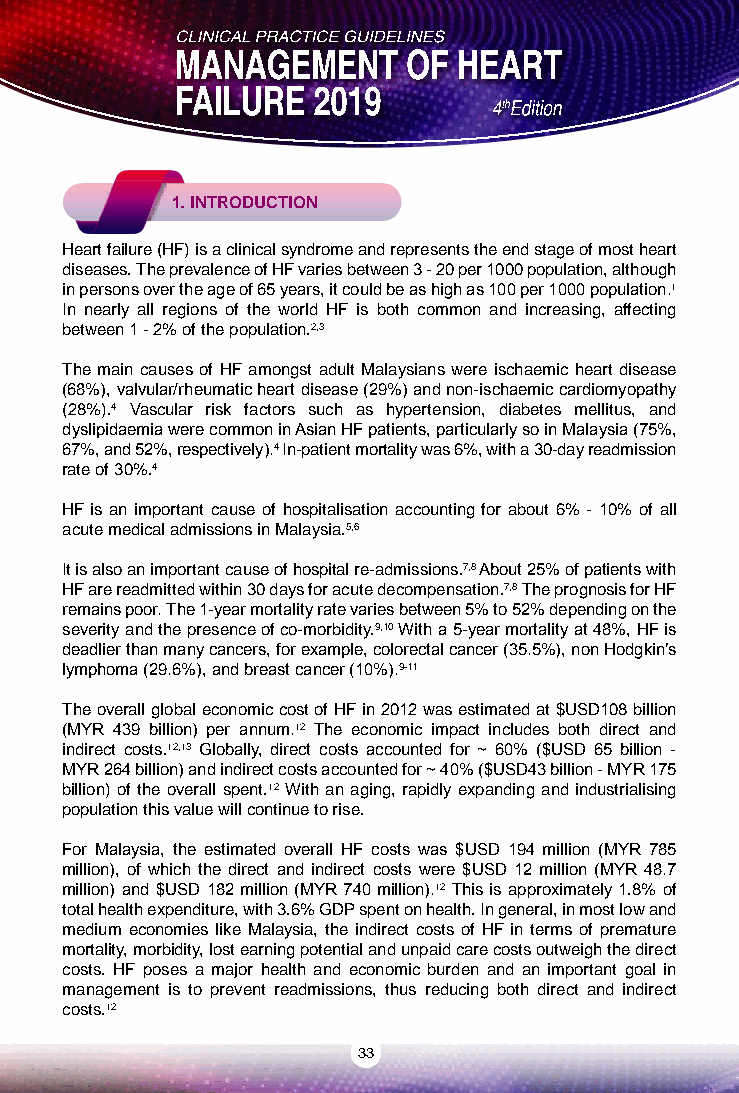
1. INTRODUCTION
 Heart failure (HF) is a clinical syndrome and represents the end stage of most heart
 diseases. The prevalence of HF varies between 3 - 20 per 1000 population, although
 in persons over the age of 65 years, it could be as high as 100 per 1000 population.1
 In nearly all regions of the world HF is both common and increasing, affecting
 between 1 - 2% of the population.2,3
 The main causes of HF amongst adult Malaysians were ischaemic heart disease
 (68%), valvular/rheumatic heart disease (29%) and non-ischaemic cardiomyopathy
 (28%).4 Vascular risk factors such as hypertension, diabetes mellitus, and
 dyslipidaemia were common in Asian HF patients, particularly so in Malaysia (75%,
 67%, and 52%, respectively).4 In-patient mortality was 6%, with a 30-day readmission
 rate of 30%.4
 HF is an important cause of hospitalisation accounting for about 6% - 10% of all
 acute medical admissions in Malaysia.5,6
 It is also an important cause of hospital re-admissions.7,8 About 25% of patients with
 HF are readmitted within 30 days for acute decompensation.7,8 The prognosis for HF
 remains poor. The 1-year mortality rate varies between 5% to 52% depending on the
 severity and the presence of co-morbidity.9,10 With a 5-year mortality at 48%, HF is
 deadlier than many cancers, for example, colorectal cancer (35.5%), non Hodgkin’s
 lymphoma (29.6%), and breast cancer (10%).9-11
 The overall global economic cost of HF in 2012 was estimated at $USD108 billion
 (MYR 439 billion) per annum.12 The economic impact includes both direct and
 indirect costs.12,13 Globally, direct costs accounted for ~ 60% ($USD 65 billion -
 MYR 264 billion) and indirect costs accounted for ~ 40% ($USD43 billion - MYR 175
 billion) of the overall spent.12 With an aging, rapidly expanding and industrialising
 population this value will continue to rise.
 For Malaysia, the estimated overall HF costs was $USD 194 million (MYR 785
 million), of which the direct and indirect costs were $USD 12 million (MYR 48.7
 million) and $USD 182 million (MYR 740 million).12 This is approximately 1.8% of
 total health expenditure, with 3.6% GDP spent on health. In general, in most low and
 medium economies like Malaysia, the indirect costs of HF in terms of premature
 mortality, morbidity, lost earning potential and unpaid care costs outweigh the direct
 costs. HF poses a major health and economic burden and an important goal in
 management is to prevent readmissions, thus reducing both direct and indirect
 costs.12
 33